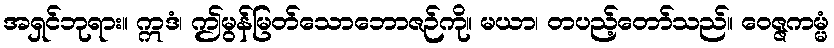
အရှင်ဘုရား။ ဣဒံ၊ ဤမွန်မြတ်သောဘောဇဉ်ကို။ မယာ၊ တပည့်တော်သည်။ ဝေဇ္ဇကမ္မံ